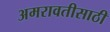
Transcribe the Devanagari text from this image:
अमरावतीसाठी